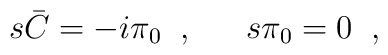
s\bar{C}=-i\pi_{0}\;\; , \;\; \hspace{1em}      s\pi_{0}=0\;\; , \;\;